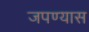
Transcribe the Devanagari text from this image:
जपण्यास